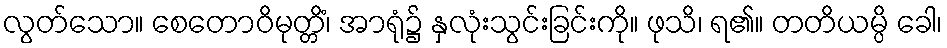
လွတ်သော။ စေတောဝိမုတ္တိံ၊ အာရုံ၌ နှလုံးသွင်းခြင်းကို။ ဖုသိ၊ ရ၏။ တတိယမ္ပိ ခေါ၊